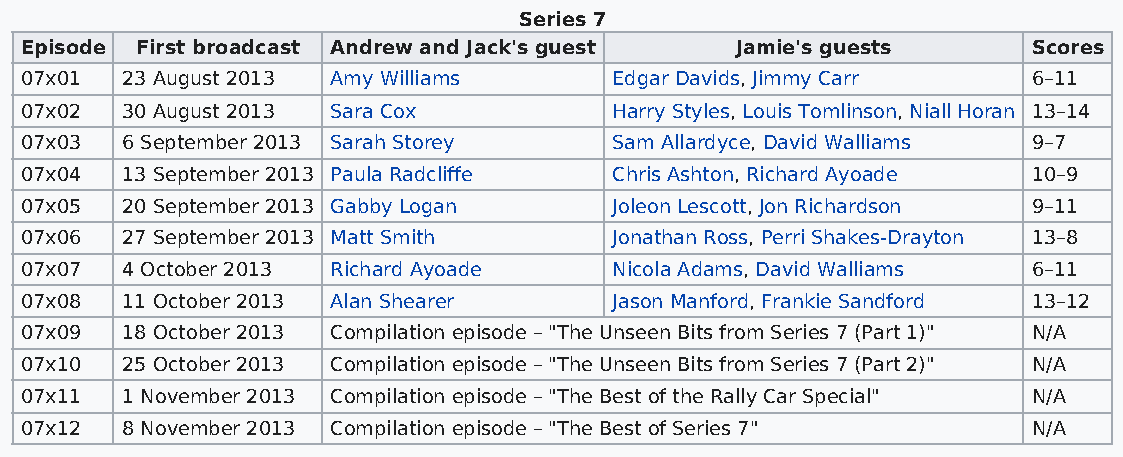
Series 7
 Episode First broadcast Andrew and Jack's guest Jamie's guests     Scores
 07x01  23 August 2013 Amy Williams      Edgar Davids, Jimmy Carr   6–11
 07x02  30 August 2013 Sara Cox          Harry Styles, Louis Tomlinson, Niall Horan 13–14
 07x03  6 September 2013 Sarah Storey    Sam Allardyce, David Walliams 9–7
 07x04  13 September 2013 Paula Radcliffe Chris Ashton, Richard Ayoade 10–9
 07x05  20 September 2013 Gabby Logan    Joleon Lescott, Jon Richardson 9–11
 07x06  27 September 2013 Matt Smith     Jonathan Ross, Perri Shakes-Drayton 13–8
 07x07  4 October 2013 Richard Ayoade    Nicola Adams, David Walliams 6–11
 07x08  11 October 2013 Alan Shearer     Jason Manford, Frankie Sandford 13–12
 07x09  18 October 2013 Compilation episode – "The Unseen Bits from Series 7 (Part 1)" N/A
 07x10  25 October 2013 Compilation episode – "The Unseen Bits from Series 7 (Part 2)" N/A
 07x11  1 November 2013 Compilation episode – "The Best of the Rally Car Special" N/A
 07x12  8 November 2013 Compilation episode – "The Best of Series 7" N/A